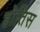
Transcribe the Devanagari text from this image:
होतिस